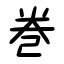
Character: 巻